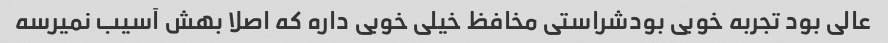
عالی بود تجربه خوبی بودشراستی مخافظ خیلی خوبی داره که اصلا بهش آسیب نمیرسه